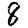
Digit: 8